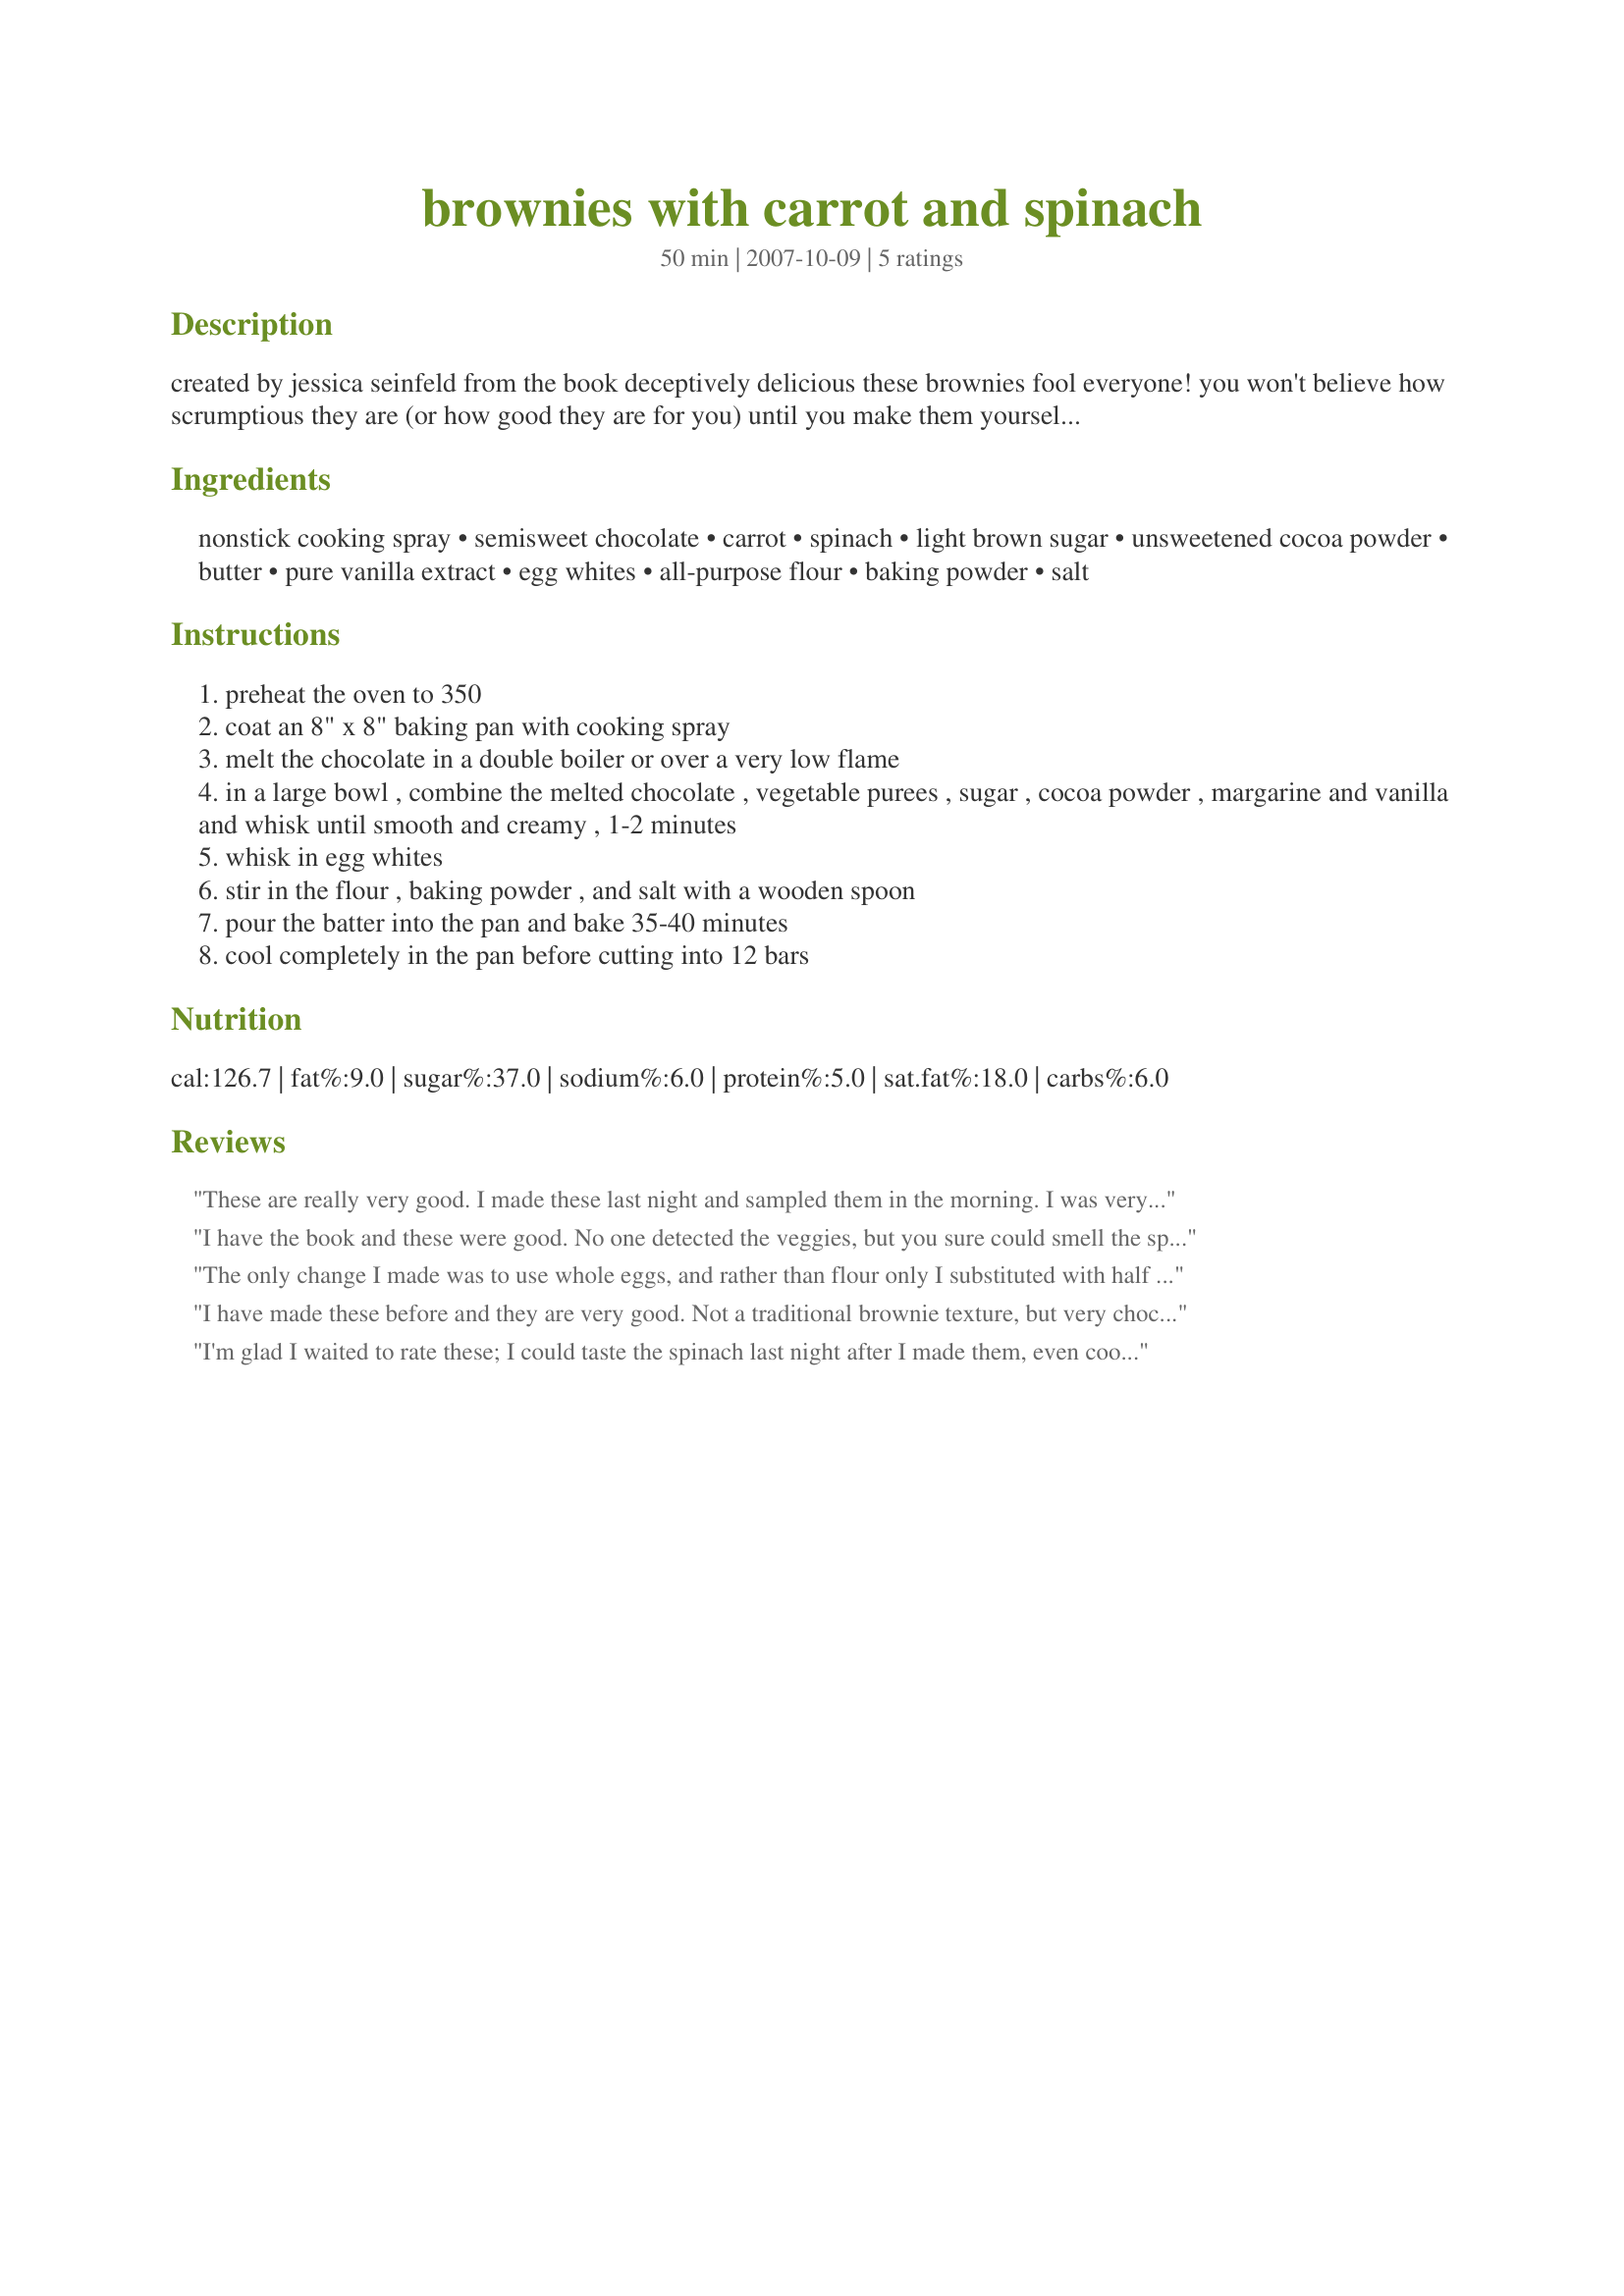
brownies with carrot and spinach
Preparation time: 50 minutes

created by jessica seinfeld
from the book deceptively delicious
these brownies fool everyone! you won't believe how scrumptious they are (or how good they are for you) until you make them yourself. just don't serve them warm—it's not until they're completely cool that the spinach flavor totally disappears.

Ingredients:
nonstick cooking spray, semisweet chocolate, carrot, spinach, light brown sugar, unsweetened cocoa powder, butter, pure vanilla extract, egg whites, all-purpose flour, baking powder, salt

Steps:
preheat the oven to 350
coat an 8" x 8" baking pan with cooking spray
melt the chocolate in a double boiler or over a very low flame
in a large bowl , combine the melted chocolate , vegetable purees , sugar , cocoa powder , margarine and vanilla and whisk until smooth and creamy , 1-2 minutes
whisk in egg whites
stir in the flour , baking powder , and salt with a wooden spoon
pour the batter into the pan and bake 35-40 minutes
cool completely in the pan before cutting into 12 bars

Reviews:
These are really very good. I made these last night and sampled them in the morning. I was very happy to find that, for a "low fat, high fiber(ish)" brownie they didn't taste too bad. These are by no means a fudgey, chocolate filled brownie but they do the trick when you are wanting something chocolately but still wanting to stick to your diet/healthy lifestyle. My child would have absolutely no problem eathing these and wanting more! I also brought them to work and nobody could guess that there was spinach and carrots in them! Will definetly make again!
I have the book and these were good. No one detected the veggies, but you sure could smell the spinach when I first pulled them from the oven! Definitely wait for them to cool! They had a very cake like consistency, but I did have one person think they were dry. Will make again!
The only change I made was to use whole eggs, and rather than flour only I substituted with half oats ground up in the blender and half all-purpose flour. I used Girardhelli chocolate chips for the semisweet chocolate. They were pretty good and my picky 3 yr old liked it. I didn't think there was any spinachy taste in them even though they were warm out of the oven--maybe it's because I used frozen spinach for the puree (?).
I have made these before and they are very good. Not a traditional brownie texture, but very chocolatey and delicious!
I'm glad I waited to rate these; I could taste the spinach last night after I made them, even cooled. By today the spinach taste was gone, not even a hint. These are ok. not the greatest brownie in the world but they do sneak in some veggies so I will make them again to fool the kids.
